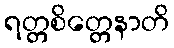
ရတ္တစိတ္တေနာတိ